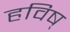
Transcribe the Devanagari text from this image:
हविष्